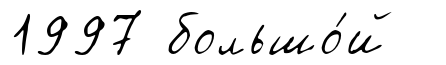
1997 большо́й